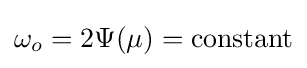
\omega _{o}=2\Psi (\mu )={\text{constant}}